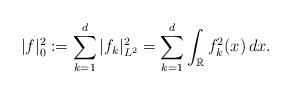
LaTeX: \begin{align*}|f|_{0}^{2}:=\sum_{k=1}^{d}|f_{k}|_{L^{2}}^{2}=\sum_{k=1}^{d}\int_{\mathbb{R}}f_{k}^{2}(x)\,dx.\end{align*}